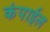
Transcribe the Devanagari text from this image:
कंपाईल